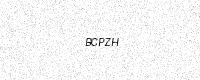
Text: BCPZH